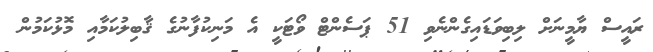
ރައީސް ޔާމީނަށް ލިބިވަޑައިގެންނެވި 51 ޕަސެންޓް ވޯޓަކީ އެ މަނިކުފާނުގެ ޤާބިލުކަމާއި މޮޅުކަމުން